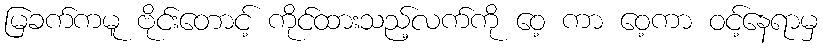
မြခက်ကမူ ဗိုင်းတောင့် ကိုင်ထားသည့်လက်ကို ဝေ့ ကာ ဝေ့ကာ ဝင့်နေရာမှ